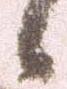
候